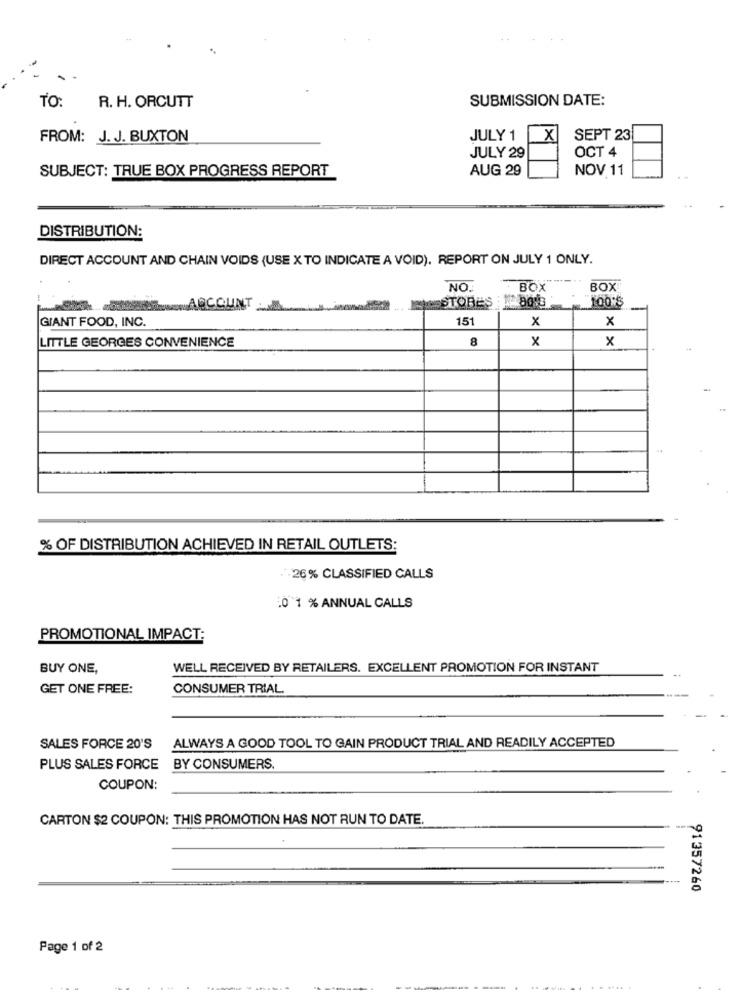
SUBMISSION DATE:
TO:
R. H. ORCUTT
FROM: J. J. BUXTON
JULY 1
X
SEPT 23
JULY 29
OCT 4
AUG 29
NOV 11
SUBJECT: TRUE BOX PROGRESS REPORT
DISTRIBUTION:
DIRECT ACCOUNT AND CHAIN VOIDS (USE X TO INDICATE A VOID). REPORT ON JULY 1 ONLY.
NO.
BOX
BOX
MEESTORES : 8013
100'S
/ ACCOUNT MM
GIANT FOOD, INC.
151
x
x
LITTLE GEORGES CONVENIENCE
8
x
x
% OF DISTRIBUTION ACHIEVED IN RETAIL OUTLETS:
.+26% CLASSIFIED CALLS
¿0 1 % ANNUAL CALLS
PROMOTIONAL IMPACT:
BUY ONE,
WELL RECEIVED BY RETAILERS. EXCELLENT PROMOTION FOR INSTANT
GET ONE FREE:
CONSUMER TRIAL.
SALES FORCE 20'S
ALWAYS A GOOD TOOL TO GAIN PRODUCT TRIAL AND READILY ACCEPTED
PLUS SALES FORCE BY CONSUMERS.
COUPON:
CARTON $2 COUPON: THIS PROMOTION HAS NOT RUN TO DATE.
91357260
Page 1 of 2